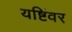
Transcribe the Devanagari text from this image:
यष्टिंवर